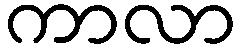
ကာလာ